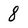
Character: 8